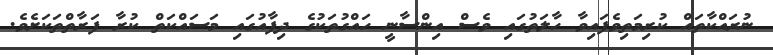
ނުރައްކާތައް ކުރިމަތިވެފައިވާ ހާލަތުގައި ވެސް އިންސާނީ ހައްގުތަކުގެ ދިފާއުގައި މަސައްކަތް ކުރާ ފަރާތްތަކަށެވެ.